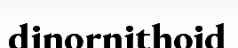
dinornithoid